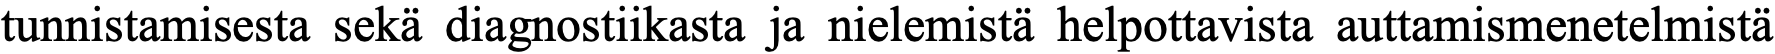
tunnistamisesta sekä diagnostiikasta ja nielemistä helpottavista auttamismenetelmistä